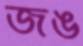
জঙ